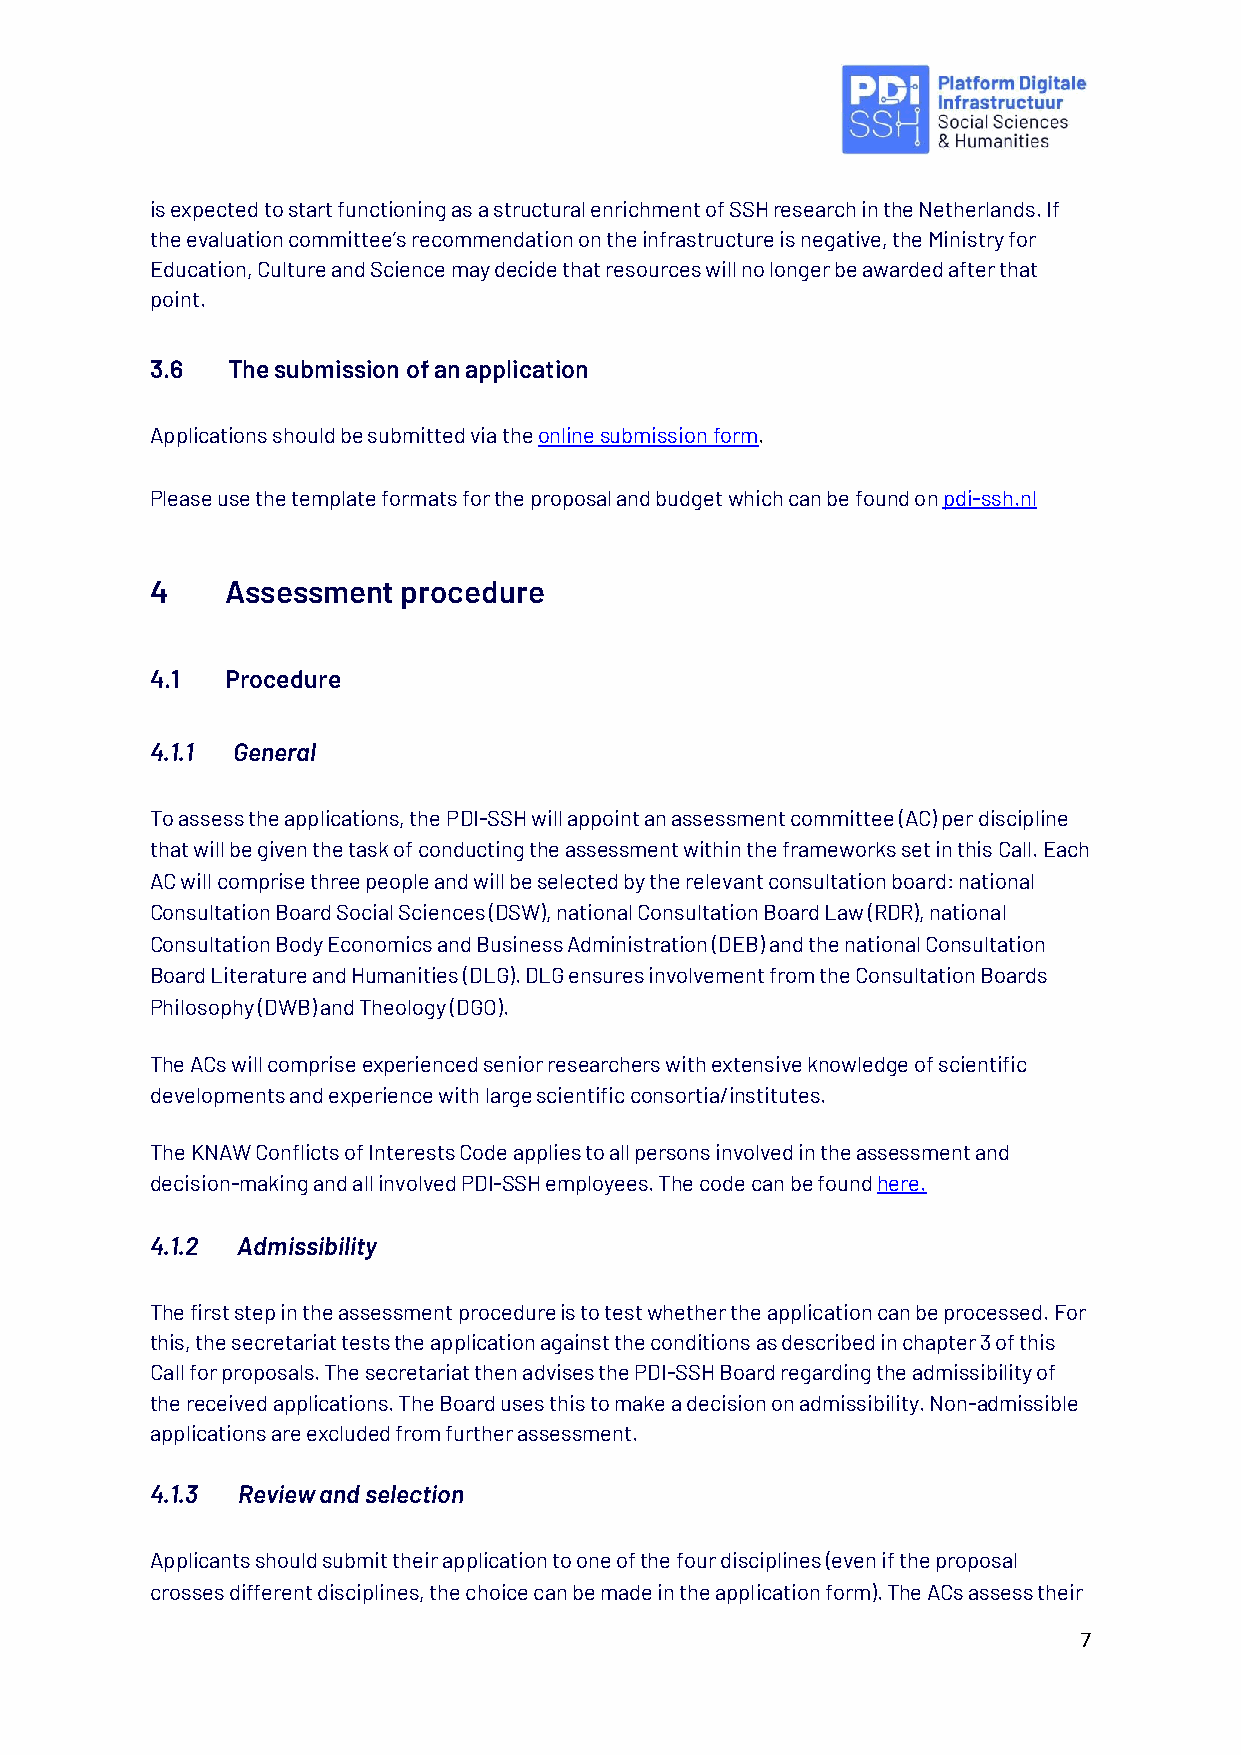
is expected to start functioning as a structural enrichment of SSH research in the Netherlands. If
 the evaluation committee’s recommendation on the infrastructure is negative, the Ministry for
 Education, Culture and Science may decide that resources will no longer be awarded after that
 point.
 3.6  The submission of an application
 Applications should be submitted via the online submission form.
 Please use the template formats for the proposal and budget which can be found on pdi-ssh.nl
 4    Assessment  procedure
 4.1  Procedure
 4.1.1 General
 To assess the applications, the PDI-SSH will appoint an assessment committee (AC) per discipline
 that will be given the task of conducting the assessment within the frameworks set in this Call. Each
 AC will comprise three people and will be selected by the relevant consultation board: national
 Consultation Board Social Sciences (DSW), national Consultation Board Law (RDR), national
 Consultation Body Economics and Business Administration (DEB) and the national Consultation
 Board Literature and Humanities (DLG). DLG ensures involvement from the Consultation Boards
 Philosophy (DWB) and Theology (DGO).
 The ACs will comprise experienced senior researchers with extensive knowledge of scientific
 developments and experience with large scientific consortia/institutes.
 The KNAW Conflicts of Interests Code applies to all persons involved in the assessment and
 decision-making and all involved PDI-SSH employees. The code can be found here.
 4.1.2 Admissibility
 The first step in the assessment procedure is to test whether the application can be processed. For
 this, the secretariat tests the application against the conditions as described in chapter 3 of this
 Call for proposals. The secretariat then advises the PDI-SSH Board regarding the admissibility of
 the received applications. The Board uses this to make a decision on admissibility. Non-admissible
 applications are excluded from further assessment.
 4.1.3 Review and selection
 Applicants should submit their application to one of the four disciplines (even if the proposal
 crosses different disciplines, the choice can be made in the application form). The ACs assess their
 7